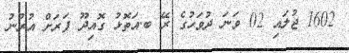
1602 ޖުލައި 02 ވަނަ ދުވަހުގެ ރޭ ބ.އަތޮޅު ގޮއިދޫ ފަރަށް އުރުނު